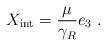
LaTeX: \begin{align*}X_{\rm int} = \frac{\mu}{\gamma_R} e_3 \;.\end{align*}